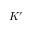
K ^ { \prime }